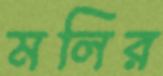
মলির